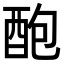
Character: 𨠖